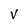
Character: V